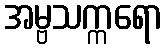
အမ္ဗသက္ကရော